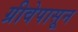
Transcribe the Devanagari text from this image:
ग्रीवेपासून